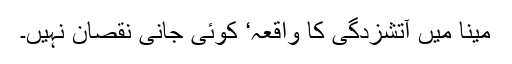
مینا میں آتشزدگی کا واقعہ‘ کوئی جانی نقصان نہیں۔